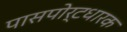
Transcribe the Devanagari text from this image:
पासपोर्टधारक